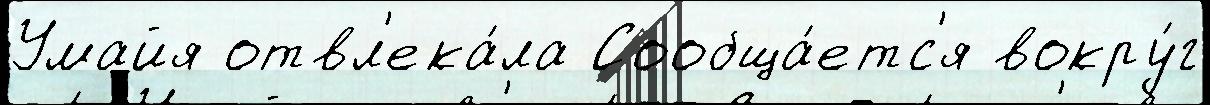
Умайя отвл'ека́ла Сообща́етс'я вокру́г